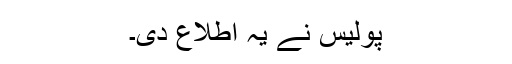
پولیس نے یہ اطلاع دی۔